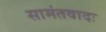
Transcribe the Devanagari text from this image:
सामंतवादः